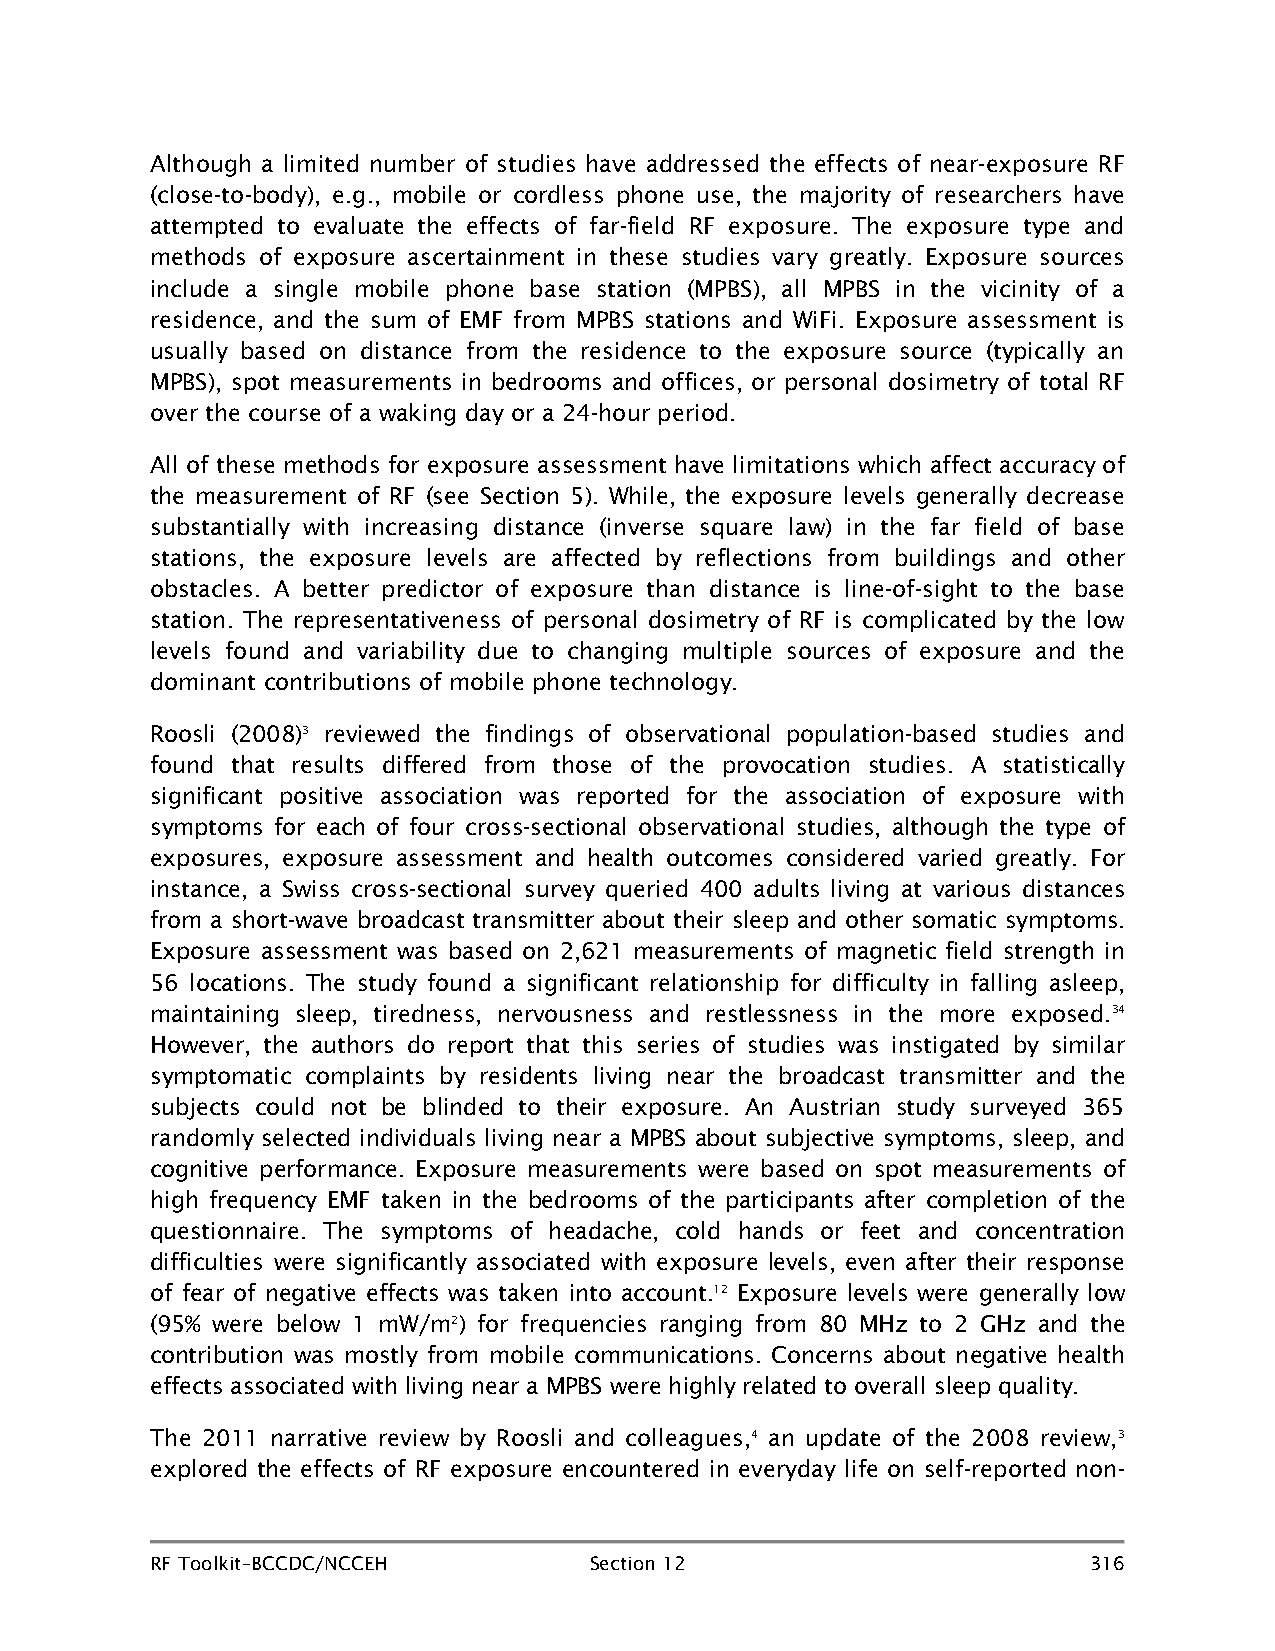
Although a limited number of studies have addressed the effects of near-exposure RF
 (close-to-body), e.g., mobile or cordless phone use, the majority of researchers have
 attempted to evaluate the effects of far-field RF exposure. The exposure type and
 methods of exposure ascertainment in these studies vary greatly. Exposure sources
 include a single mobile phone base station (MPBS), all MPBS in the vicinity of a
 residence, and the sum of EMF from MPBS stations and WiFi. Exposure assessment is
 usually based on distance from the residence to the exposure source (typically an
 MPBS), spot measurements in bedrooms and offices, or personal dosimetry of total RF
 over the course of a waking day or a 24-hour period.
 All of these methods for exposure assessment have limitations which affect accuracy of
 the measurement of RF (see Section 5). While, the exposure levels generally decrease
 substantially with increasing distance (inverse square law) in the far field of base
 stations, the exposure levels are affected by reflections from buildings and other
 obstacles. A better predictor of exposure than distance is line-of-sight to the base
 station. The representativeness of personal dosimetry of RF is complicated by the low
 levels found and variability due to changing multiple sources of exposure and the
 dominant contributions of mobile phone technology.
 Roosli (2008)3 reviewed the findings of observational population-based studies and
 found that results differed from those of the provocation studies. A statistically
 significant positive association was reported for the association of exposure with
 symptoms for each of four cross-sectional observational studies, although the type of
 exposures, exposure assessment and health outcomes considered varied greatly. For
 instance, a Swiss cross-sectional survey queried 400 adults living at various distances
 from a short-wave broadcast transmitter about their sleep and other somatic symptoms.
 Exposure assessment was based on 2,621 measurements of magnetic field strength in
 56 locations. The study found a significant relationship for difficulty in falling asleep,
 maintaining sleep, tiredness, nervousness and restlessness in the more exposed.34
 However, the authors do report that this series of studies was instigated by similar
 symptomatic complaints by residents living near the broadcast transmitter and the
 subjects could not be blinded to their exposure. An Austrian study surveyed 365
 randomly selected individuals living near a MPBS about subjective symptoms, sleep, and
 cognitive performance. Exposure measurements were based on spot measurements of
 high frequency EMF taken in the bedrooms of the participants after completion of the
 questionnaire. The symptoms of headache, cold hands or feet and concentration
 difficulties were significantly associated with exposure levels, even after their response
 of fear of negative effects was taken into account.12 Exposure levels were generally low
 (95% were below 1 mW/m2) for frequencies ranging from 80 MHz to 2 GHz and the
 contribution was mostly from mobile communications. Concerns about negative health
 effects associated with living near a MPBS were highly related to overall sleep quality.
 The 2011 narrative review by Roosli and colleagues,4 an update of the 2008 review,3
 explored the effects of RF exposure encountered in everyday life on self-reported non-
 RF Toolkit–BCCDC/NCCEH       Section 12                       316